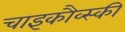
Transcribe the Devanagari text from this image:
चाइकौव्स्की